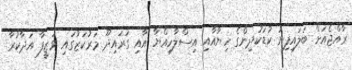
ރާއްޖެއަށް ބަަލައިފިނަ ކުޑަކުދިންގެ ހިޔާއާއި އިސްލާހިއްޔާ އާއި ގުރައިދޫ މަރުކަޒުގައި ވަޒީފާ އަދާކުރާ